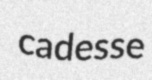
cadesse